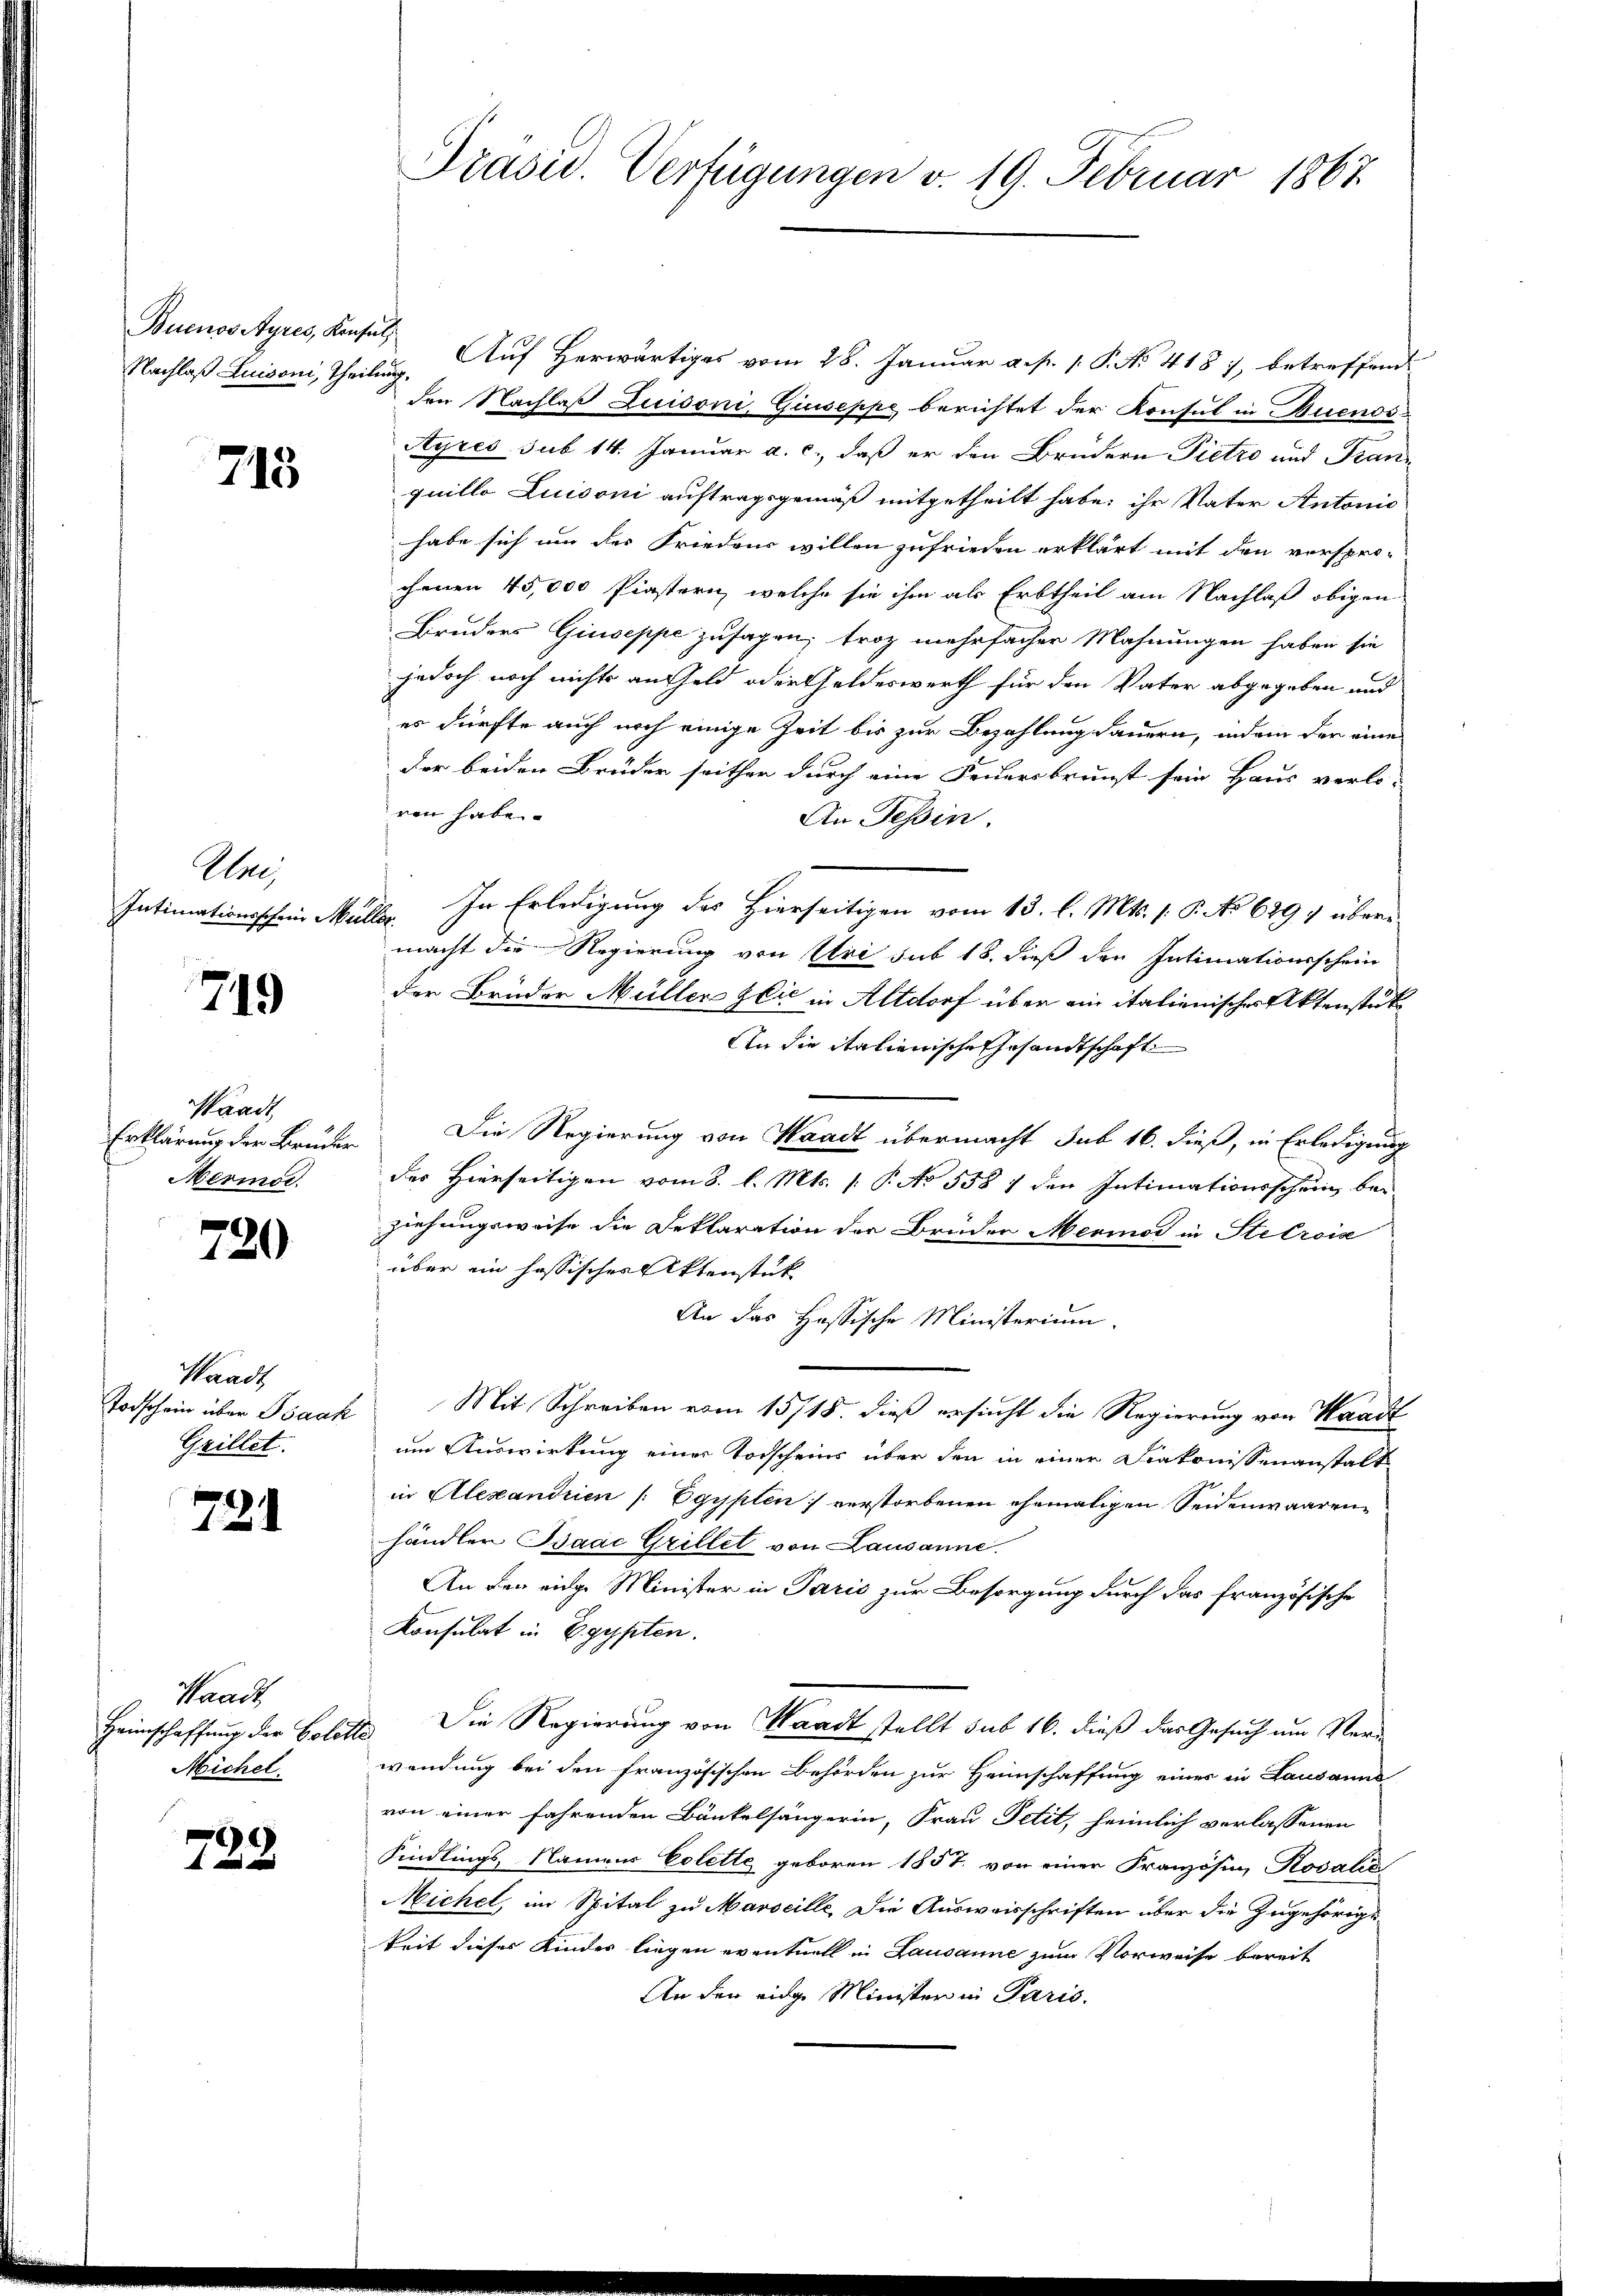
Buenos Ayres, Konsul

713

Une
Intimationsschein Müller.

719

Paad
Mermor.

720

Waadt
Todschein über Isaak
Grillet.

721

Haars
Heimschaffung der Goldt
Michel.

739

Präsid. Verfügungen v. 19. Februar 1867.

Nachlaß Luisoni, Theilung. Auf Herwärtiges vom 28. Januar a. p. 1. P. No. 418 7, betreffend
den Nachlaß Zuisoni, Giuseppe berichtet der Konsul in Buenos¬
Ayres sub 14. Januar a. c., daß er den Brudern Pietro und Tran
quillo Luisoni auftragsgemäß mitgetheilt habe, ihr Vater Antonis
habe sich um des Friedens willen zufrieden erklärt mit den vorspro-
chenen 45,000 finstern, welche sie ihm als Erbtheil am Nachlaß obigen
Bruders Giuseppe zusagen; troz mehrfacher Mahnungen haben sie
jedoch noch nichts an Geld oder Geldeswerth für den Vater abgegeben und
es dürfte auch noch einige Zeit bis zur Bezahlung dauern, indem der eine
der beiden Brüder seither durch eine Feuersbrunst sein Haus verlo-
ren habe.
An Tessin.
In Erledigung des Hierseitigen vom 13. l. Mts. 1. P. No 629 übermacht die Regierung von Uri sub 18. dieß den Intimationsschein
der Brüder Müller Zeić in Altdorf über ein italienischer Aktenstutz
An die italienische Gesandtschaft
Erklärung der Brüder Die Regierung von Waadt übermacht sub 16. dieß, in Erledigung
der Hierseitigen vom 8. l. Mts. 1. P. No 558 1 den Intimationsschein, bei
ziehungsweise die Deklaration der Brüder Meriod in Stelroise
über ein hössischer Aktenstük
An das Hassische Ministerium.
Mit Schreiben vom 15/18. dieß ersucht die Regierung von Waadt
um Auswirkung einer Torscheins über den in einer Diakonissenanstalt
in Alexandrien /: Egypten verstorbenen ehemaligen Seidenwaarenhändlen Baac Grillet von Lausanne.
An den einge Minister in Paris zur Besorgung durch das französische
Konsulat in Egypten.
2. Die Regierung von Waadt stellt sub 16. dieß das Gesuch um Verwendung bei den französischen Behörden zur Heimschaffung eines in Lausanns
von einer fahrenden Bänkelsängerin, Frau Petit, heimlich verlassenen
Kindlings, Namens Colette geboren 1857 von einer Französin, Rosalić
Michel, im Spital zu Marseille. Die Ausweisschriften über die Zugehörige
keit dieses Kinder liegen eventuell in Lausanne zum Vorweise bereit
An den eidge Minister in Paris.